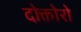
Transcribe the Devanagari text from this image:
दोक्तोरो